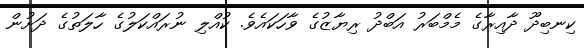
ކިނބިދޫ ދާއިރާގެ މެމްބަރު އަބްދު ރިޔާޒުގެ ވާހަކައެވެ. ކުއްލި ނުރައްކަލުގެ ހާލަތުގެ ދަށުން